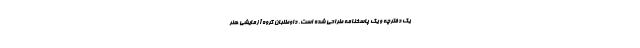
یک دفترچه و یک پاسخنامه طراحی شده است. داوطلبان گروه آزمایشی هنر